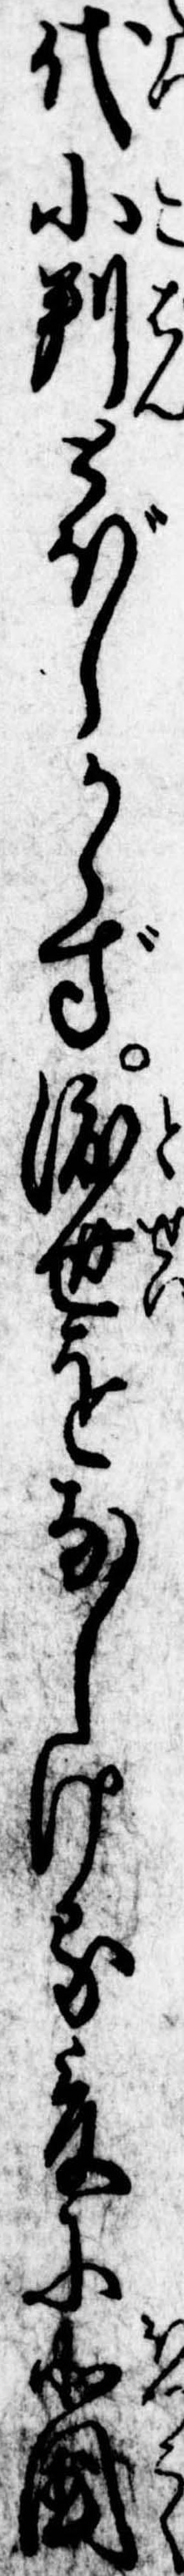
代小判とぼしからず渡世をなしける爰に北国